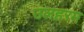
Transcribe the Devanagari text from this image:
उलहरम